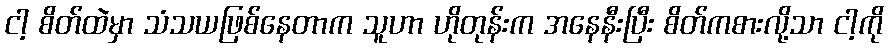
ငါ့ စိတ်ထဲမှာ သံသယဖြစ်နေတာက သူဟာ ဟိုတုန်းက အနေနီးပြီး စိတ်ကစားလို့သာ ငါ့ကို